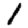
Digit: 1